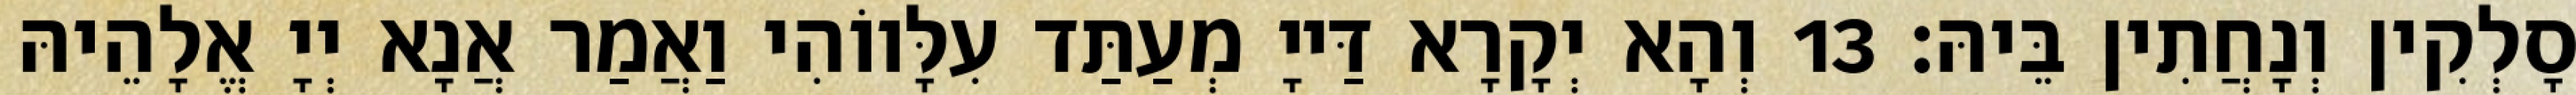
סָלְקִין וְנָחֲתִין בֵּיהּ׃ 13 וְהָא יְקָרָא דַּייָ מְעַתַּד עִלָּווֹהִי וַאֲמַר אֲנָא יְיָ אֱלָהֵיהּ